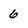
Character: 6